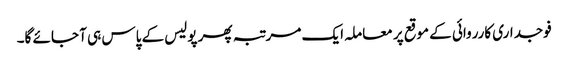
فوجداری کارروائی کے موقع پر معاملہ ایک مرتبہ پھر پولیس کے پاس ہی آ جائے گا۔